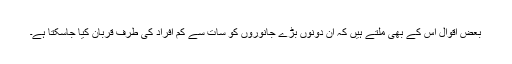
بعض اقوال اس کے بھی ملتے ہیں کہ ان دونوں بڑے جانوروں کو سات سے کم افراد کی طرف قربان کیا جاسکتا ہے۔